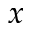
x